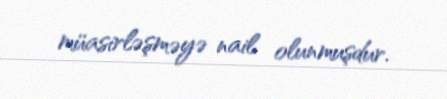
müasirləşməyə nail olunmuşdur.